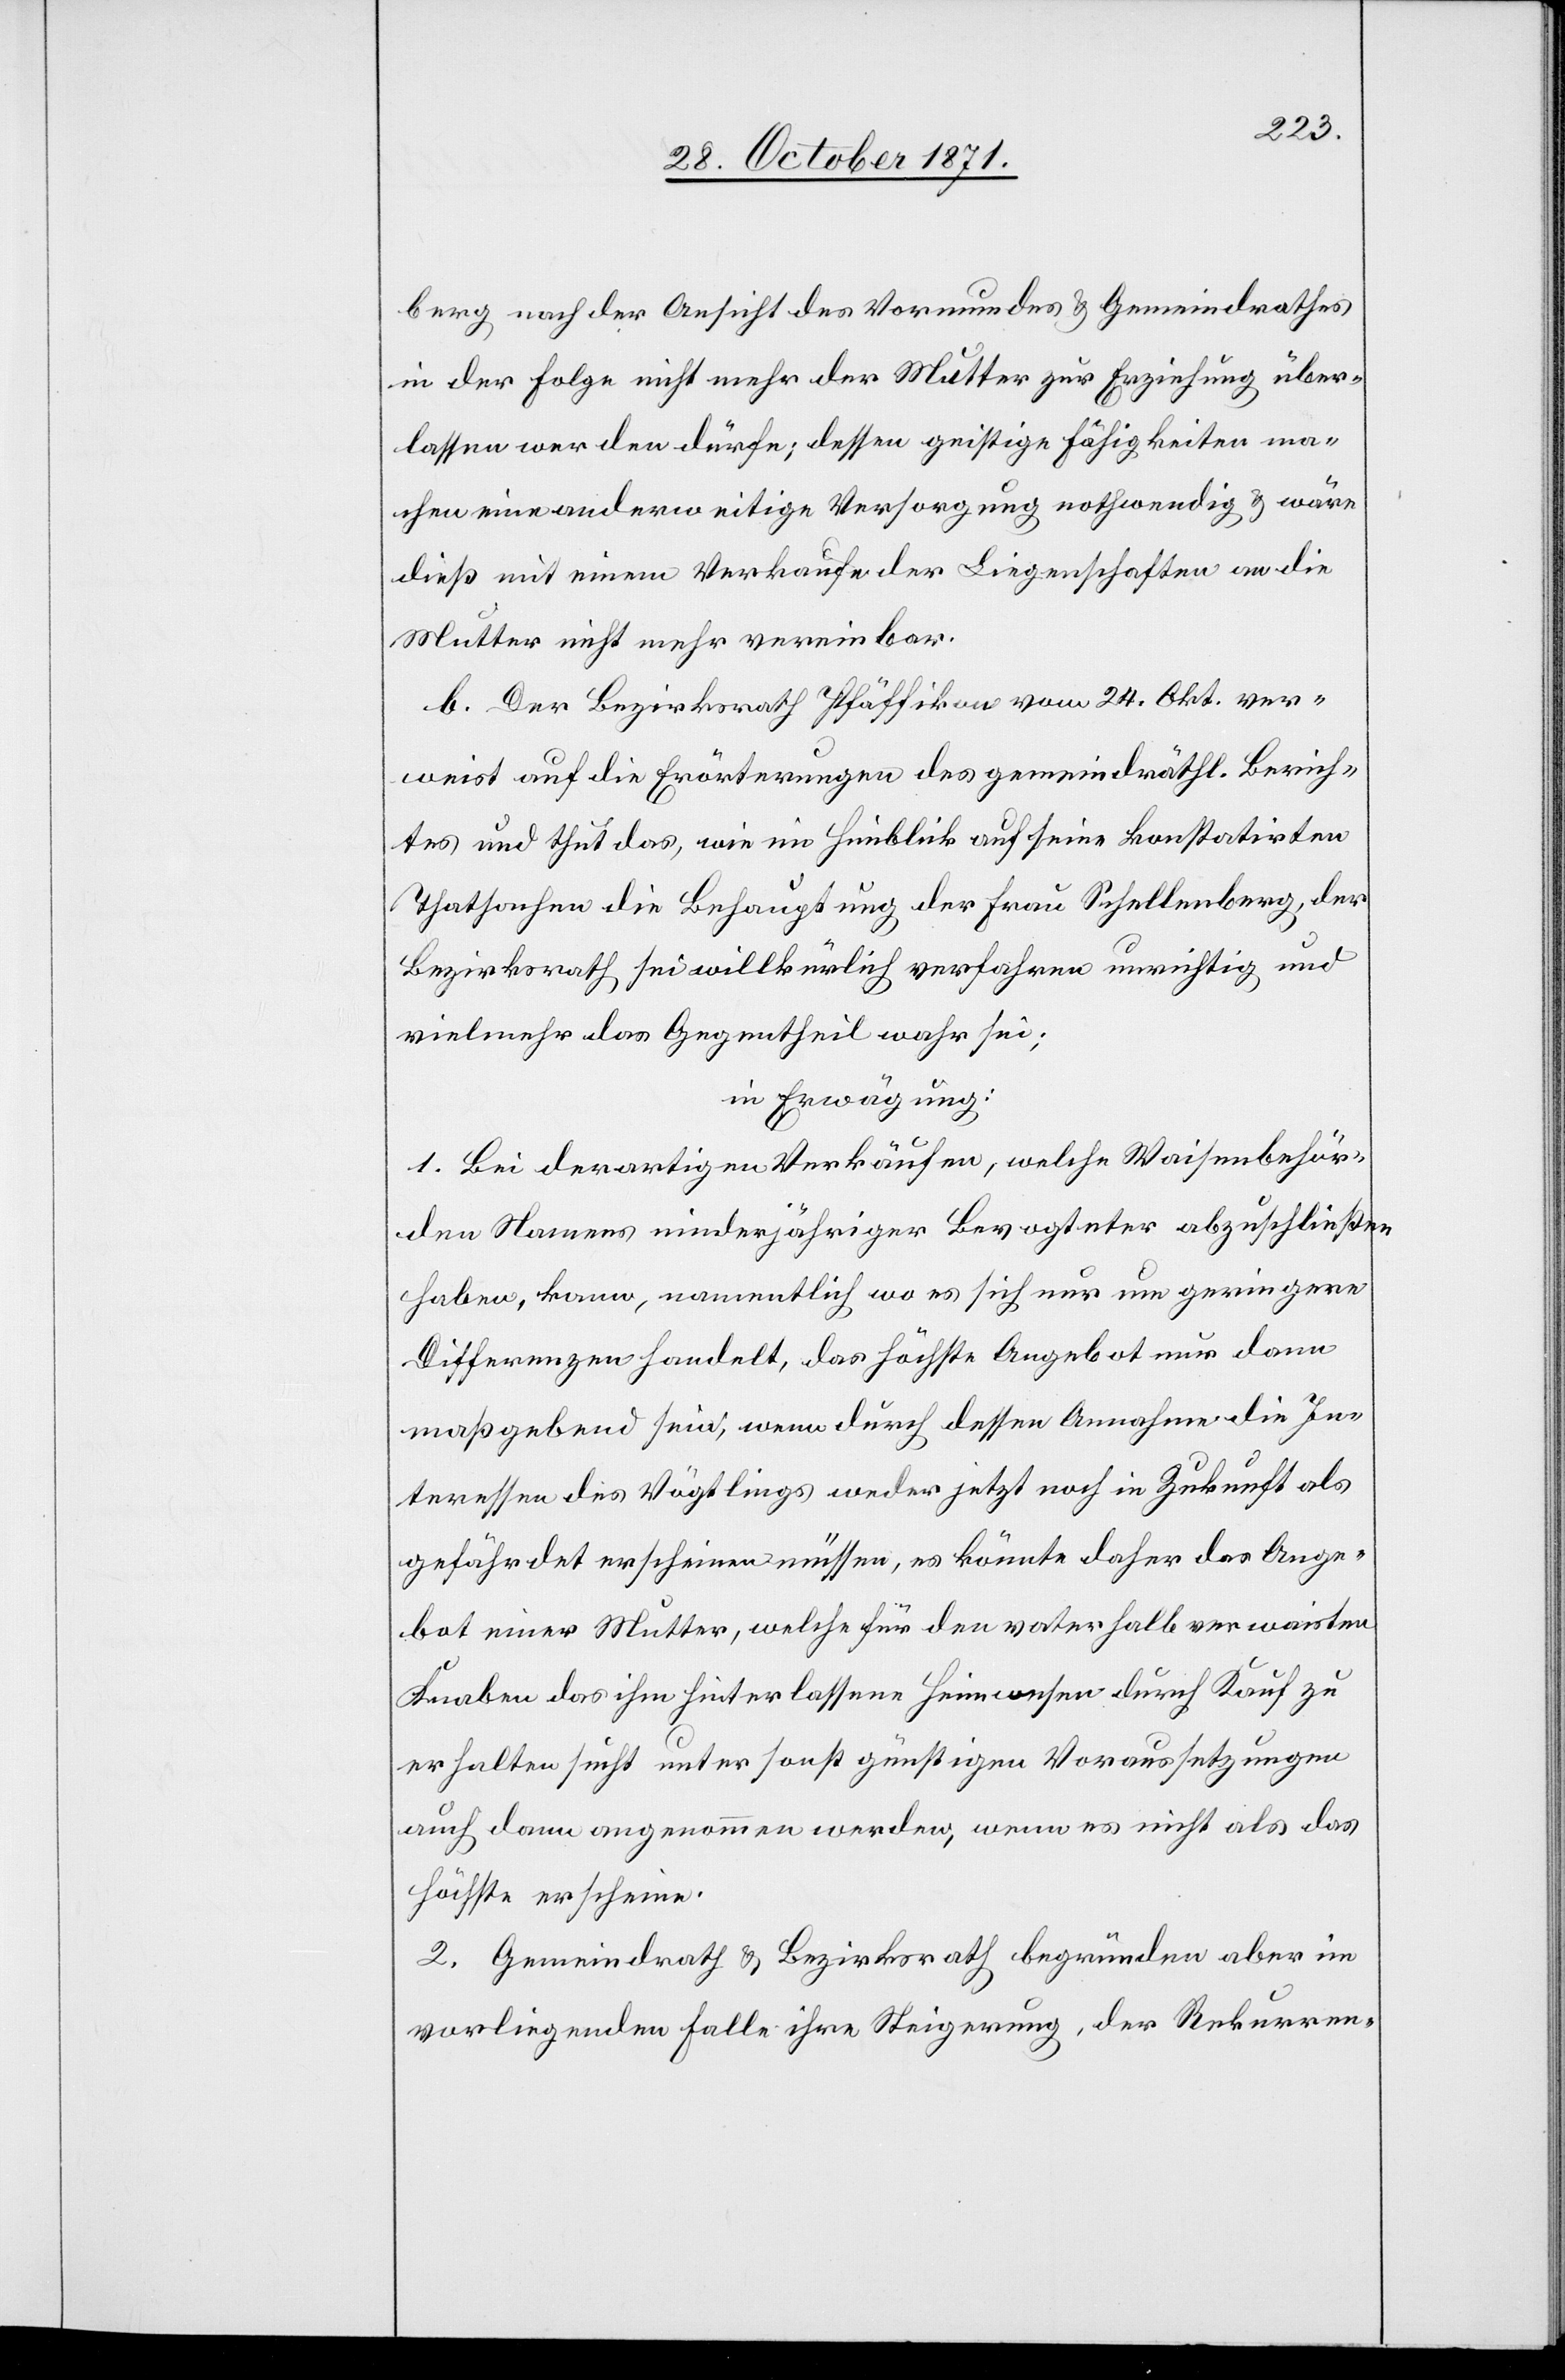
berg nach der Ansicht des Vormundes & Gemeindrathes
in der Folge nicht mehr der Mutter zur Erziehung über¬
lassen werden dürfe; dessen geistige Fähigkeiten ma¬
chen eine anderweitige Versorgung nothwendig & wäre
dieß mit einem Verkauf der Liegenschaften an die
Mutter nicht mehr vereinbar.
b. Der Bezirksrath Pfäffikon vom 24. Okt. ver¬
weist auf die Erörterungen des gemeindräthl. Berich¬
tes und thut das, wie im Hinblick auf seine konstatirten
Thatsachen die Behauptung der Frau Schellenberg, der
Bezirksrath sei willkürlich verfahren unrichtig und
vielmehr das Gegentheil wahr sei;
in Erwägung:
1. Bei derartigen Verkäufen, welche Waisenbehör¬
den Namens minderjähriger Bevogteter abzuschließen
haben, kann, namentlich es sich nur um geringere
Differenzen handelt, das höchste Angebot nur dann
maßgebend sein, wenn durch dessen Annahme die In¬
teressen des Vögtlings weder jetzt noch in Zukunft als
gefährdet erscheinen müssen, es könnte daher das Ange¬
bot einer Mutter, welche für den vaterhalb verwaisten
Knaben das ihm hinterlassene Heimwesen durch Kauf zu
erhalten sucht unter sonst günstigen Voraussetzungen
auch dann angenommen werden, wenn es nicht als das
Höchste erscheine.
2. Gemeindrath & Bezirksrath begründen aber im
vorliegenden Falle ihre Weigerung, der Rekurren-